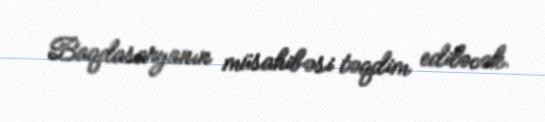
Baqdasaryanın müsahibəsi təqdim ediləcək.